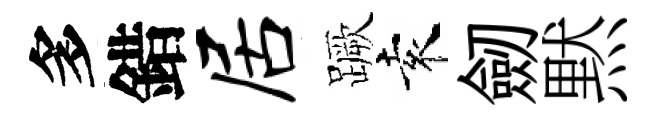
多錯居蹶袁劒黙